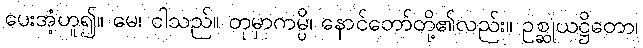
ပေးအံ့ဟူ၍။ မေ၊ ငါသည်။ တုမှာကမ္ပိ၊ နောင်တော်တို့၏လည်း။ ဥစ္ဆုယဋ္ဌိတော၊